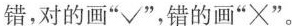
错，对的画”√”，错的画”×”。